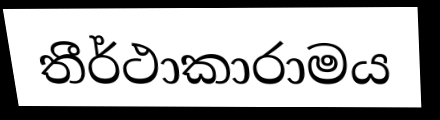
තීර්ථාකාරාමය